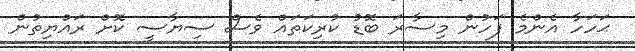
ޙަހަހާ އެންމެ ފަހުން މިސާރަ ބޮޑު ކުރިކަތައް ވެސް ސިޔާސީ ކޮށް ރައްޔިތުން